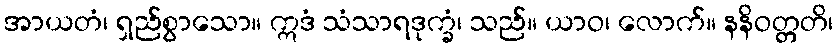
အာယတံ၊ ရှည်စွာသော။ ဣဒံ သံသာရဒုက္ခံ၊ သည်။ ယာဝ၊ လောက်။ နနိဝတ္တတိ၊